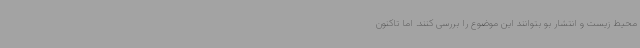
محیط زیست و انتشار بو بتوانند این موضوع را بررسی کنند. اما تاکنون